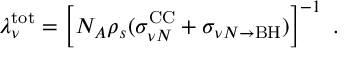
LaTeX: \lambda _ { \nu } ^ { \mathrm { t o t } } = \left[ N _ { A } \rho _ { s } ( \sigma _ { \nu N } ^ { \mathrm { C C } } + \sigma _ { \nu N \rightarrow \mathrm { B H } } ) \right] ^ { - 1 } \ .